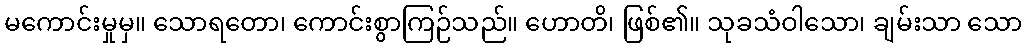
မကောင်းမှုမှ။ သောရတော၊ ကောင်းစွာကြဉ်သည်။ ဟောတိ၊ ဖြစ်၏။ သုခသံဝါသော၊ ချမ်းသာ သော